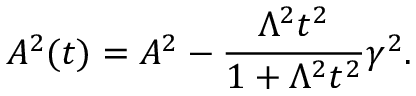
A ^ { 2 } ( t ) = A ^ { 2 } - \frac { \Lambda ^ { 2 } t ^ { 2 } } { 1 + \Lambda ^ { 2 } t ^ { 2 } } \gamma ^ { 2 } .